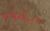
ديفون